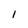
Character: I